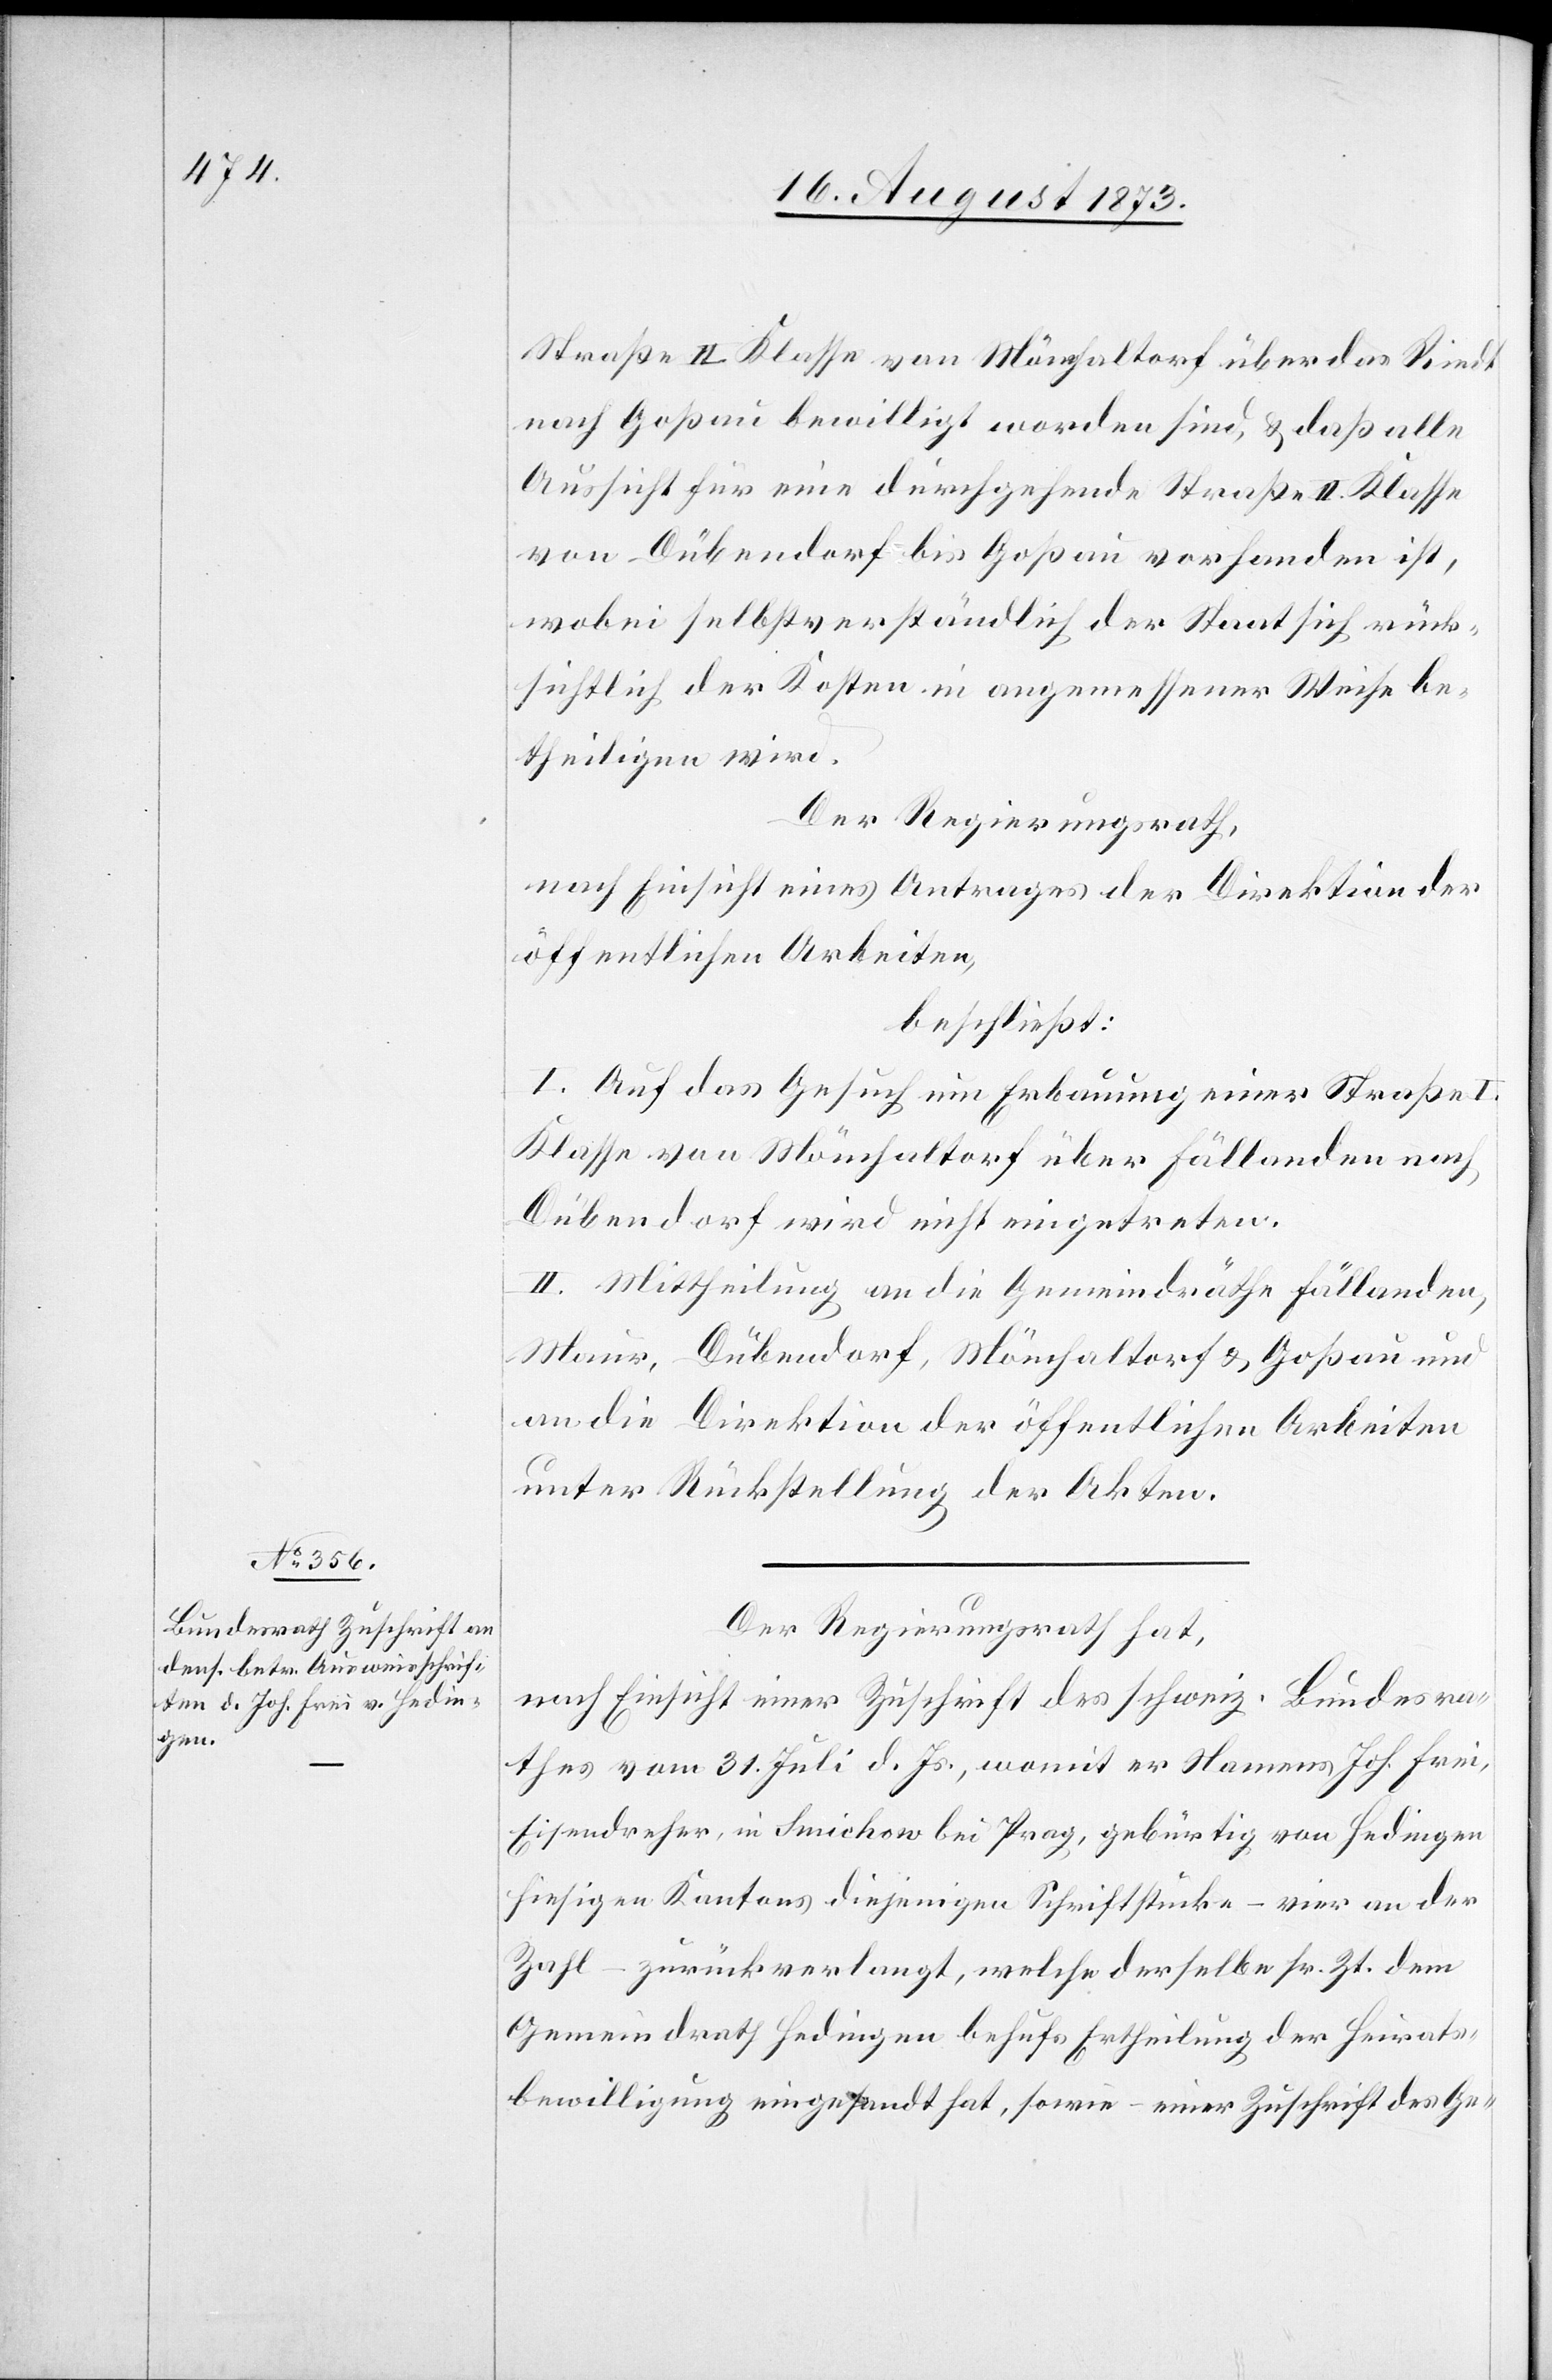
Straße II. Klasse von Mönchaltorf über das Riedt
nach Goßau bewilligt worden sind, & daß alle
Aussicht für eine durchgehende Straße II. Klasse
von Dübendorf bis Goßau vorhanden ist,
wobei selbstverständlich der Staat sich rück¬
sichtlich der Kosten in angemessener Weise be¬
theiligen wird.
Der Regierungsrath,
nach Einsicht eines Antrages der Direktion der
öffentlichen Arbeiten,
beschließt:
I. Auf das Gesuch um Erbauung einer Straße I.
Klasse von Mönchaltorf über Fällanden nach
Dübendorf wird nicht eingetreten.
II. Mittheilung an die Gemeindräthe Fällanden,
Maur, Dübendorf, Mönchaltorf & Goßau und
an die Direktion der öffentlichen Arbeiten
unter Rückstellung der Akten.
Der Regierungsrath hat,
nach Einsicht einer Zuschrift des schweiz. Bundesra¬
thes vom 31. Juli d. Js., womit er Namens Joh. Frei,
Eisendreher, in Smichow bei Prag, gebürtig von Hedingen
hiesigen Kantons diejenigen Schriftstücke – vier an der
Zahl – zurückverlangt, welche derselbe sr. Zt. dem
Gemeindrath Hedingen behufs Ertheilung der Heirats¬
bewilligung eingesandt hat, sowie – einer Zuschrift des Ge-